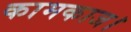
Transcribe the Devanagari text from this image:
कामकाज।